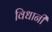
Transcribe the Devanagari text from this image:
विधानी